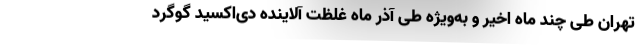
تهران طی چند ماه اخیر و به‌ویژه طی آذر ماه غلظت آلاینده دی‌اکسید گوگرد